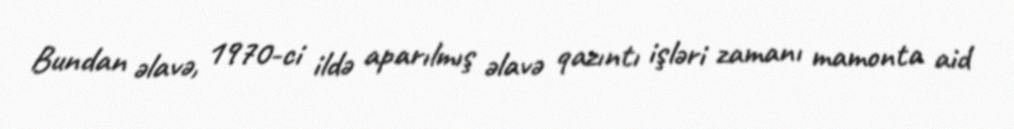
Bundan əlavə, 1970-ci ildə aparılmış əlavə qazıntı işləri zamanı mamonta aid